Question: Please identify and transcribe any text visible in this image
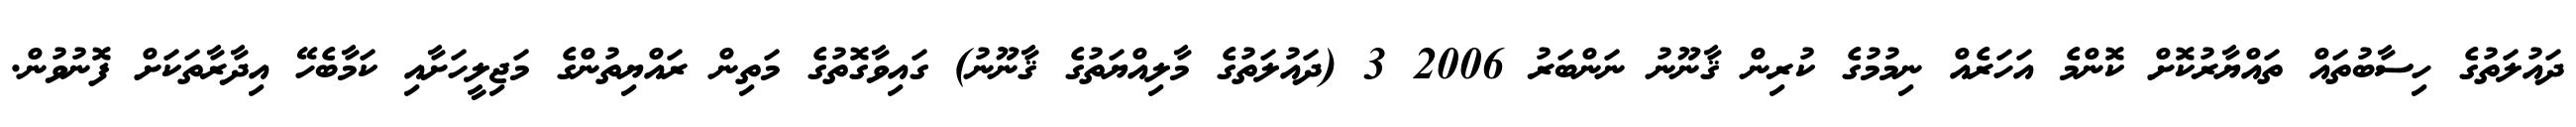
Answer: ދައުލަތުގެ ހިސާބުތައް ތައްޔާރުކޮށް ކޮންމެ އަހަރެއް ނިމުމުގެ ކުރިން ޤާނޫނު ނަންބަރު 2006 3 (ދައުލަތުގެ މާލިއްޔަތުގެ ޤާނޫނު) ގައިވާގޮތުގެ މަތިން ރައްޔިތުންގެ މަޖިލީހަށާއި ކަމާބެހޭ އިދާރާތަކަށް ފޮނުވުން.